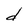
Character: d